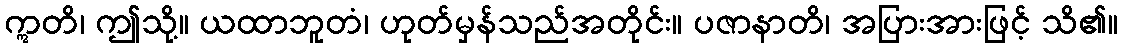
ဣတိ၊ ဤသို့။ ယထာဘူတံ၊ ဟုတ်မှန်သည်အတိုင်း။ ပဇာနာတိ၊ အပြားအားဖြင့် သိ၏။